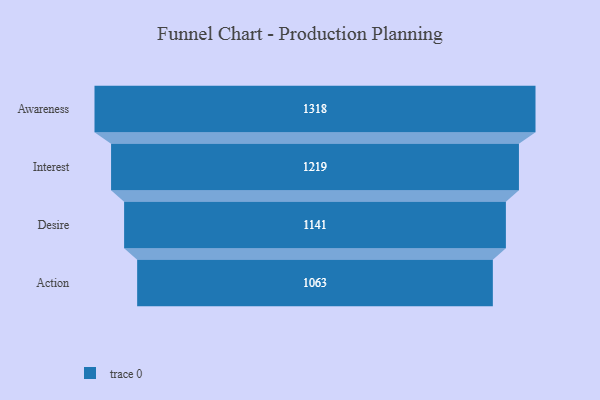
{"axis": {"x": "Stage", "y": "Value"}, "legend": [""], "data": [{"x": "Awareness", "y": 1318.0, "type": ""}, {"x": "Interest", "y": 1219.0, "type": ""}, {"x": "Desire", "y": 1141.0, "type": ""}, {"x": "Action", "y": 1063.0, "type": ""}]}